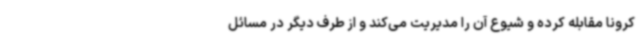
کرونا مقابله کرده و شیوع آن را مدیریت می‌کند و از طرف دیگر در مسائل